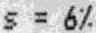
S = 6%